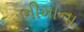
ભીમાના